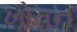
ખોતન